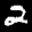
Label: 2